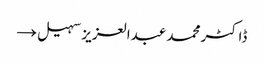
ڈاکٹر محمد عبدالعزیز سہیل →